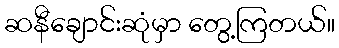
ဆနီချောင်းဆုံမှာ တွေ့ကြတယ်။